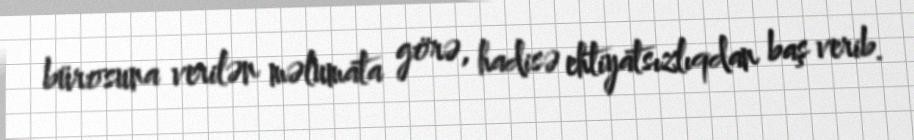
bürosuna verilən məlumata görə, hadisə ehtiyatsızlıqdan baş verib.